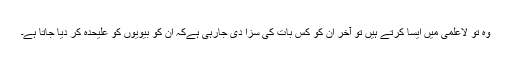
وہ تو لاعلمی میں ایسا کرتے ہیں تو آخر ان کو کس بات کی سزا دی جارہی ہےکہ ان کو بیویوں کو علیحدہ کر دیا جاتا ہے۔